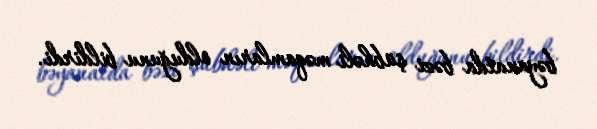
bəyanatda bəzi şübhəli məqamların olduğunu bildirdi.